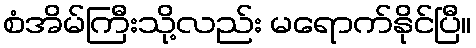
စံအိမ်ကြီးသို့လည်း မရောက်နိုင်ပြီ။